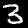
Digit: 3